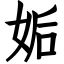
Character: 姤